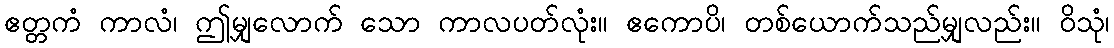
ဧတ္တကံ ကာလံ၊ ဤမျှလောက် သော ကာလပတ်လုံး။ ဧကောပိ၊ တစ်ယောက်သည်မျှလည်း။ ဝိသုံ၊